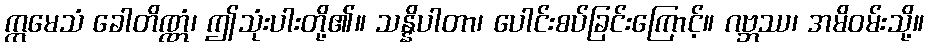
ဣမေသံ ခေါတိဏ္ဏံ၊ ဤသုံးပါးတို့၏။ သန္နိပါတာ၊ ပေါင်းစပ်ခြင်းကြောင့်။ ဂဗ္ဘဿ၊ အမိဝမ်းသို့။